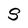
Character: S